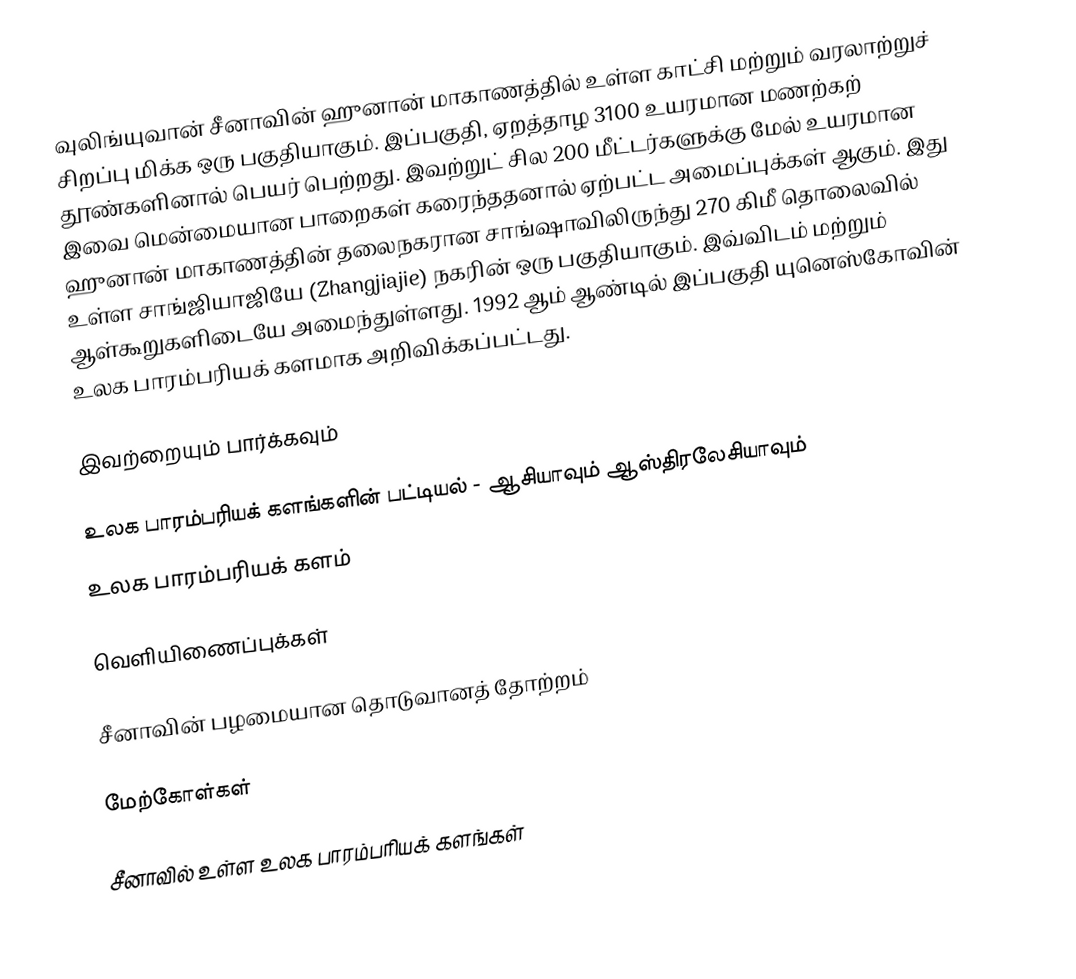
வுலிங்யுவான் சீனாவின் ஹுனான் மாகாணத்தில் உள்ள காட்சி மற்றும் வரலாற்றுச் சிறப்பு மிக்க ஒரு பகுதியாகும். இப்பகுதி, ஏறத்தாழ 3100 உயரமான மணற்கற் தூண்களினால் பெயர் பெற்றது. இவற்றுட் சில 200 மீட்டர்களுக்கு மேல் உயரமான இவை மென்மையான பாறைகள் கரைந்ததனால் ஏற்பட்ட அமைப்புக்கள் ஆகும். இது ஹுனான் மாகாணத்தின் தலைநகரான சாங்ஷாவிலிருந்து 270 கிமீ தொலைவில் உள்ள சாங்ஜியாஜியே (Zhangjiajie) நகரின் ஒரு பகுதியாகும். இவ்விடம்  மற்றும்  ஆள்கூறுகளிடையே அமைந்துள்ளது.  1992 ஆம் ஆண்டில் இப்பகுதி யுனெஸ்கோவின் உலக பாரம்பரியக் களமாக அறிவிக்கப்பட்டது.

இவற்றையும் பார்க்கவும்

 உலக பாரம்பரியக் களங்களின் பட்டியல் - ஆசியாவும் ஆஸ்திரலேசியாவும்
 உலக பாரம்பரியக் களம்

வெளியிணைப்புக்கள்

 சீனாவின் பழமையான தொடுவானத் தோற்றம்

மேற்கோள்கள்

சீனாவில் உள்ள உலக பாரம்பரியக் களங்கள்